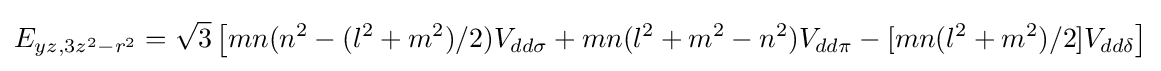
E_{yz,3z^{2}-r^{2}}={\sqrt {3}}\left[mn(n^{2}-(l^{2}+m^{2})/2)V_{dd\sigma }+mn(l^{2}+m^{2}-n^{2})V_{dd\pi }-[mn(l^{2}+m^{2})/2]V_{dd\delta }\right]